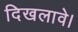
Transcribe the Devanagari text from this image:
दिखलावे।